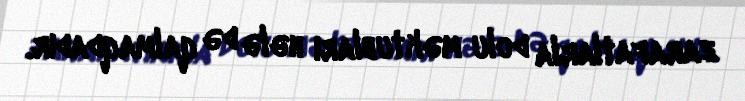
zarafatlarla dolu məktubları hələ də qalmaqdadır.